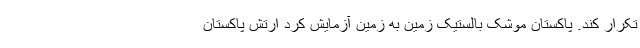
تکرار کند. پاکستان موشک بالستیک زمین به زمین آزمایش کرد ارتش پاکستان